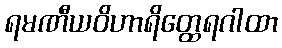
ရမဏီယဝိဟာရိတ္ထေရဂါထာ